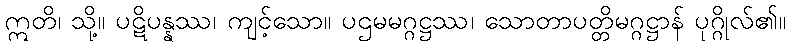
ဣတိ၊ သို့။ ပဋိပန္နဿ၊ ကျင့်သော။ ပဌမမဂ္ဂဋ္ဌဿ၊ သောတာပတ္တိမဂ္ဂဋ္ဌာန် ပုဂ္ဂိုလ်၏။